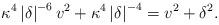
LaTeX: \begin{align*}\kappa^{4}\left \vert \delta \right \vert ^{-6}v^{2}+\kappa^{4}\left \vert\delta \right \vert ^{-4}=v^{2}+\delta^{2}. \end{align*}